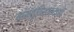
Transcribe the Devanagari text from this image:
वास्तुविशारदाची